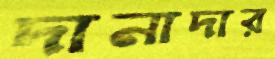
দানাদার